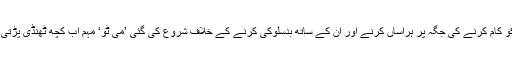
بالی ووڈ اداکارہ تنوشری دتا کی جانب سے خواتین کو کام کرنے کی جگہ پر ہراساں کرنے اور ان کے ساتھ بدسلوکی کرنے کے خلاف شروع کی گئی ’می ٹو‘ مہم اب کچھ ٹھنڈی پڑتی نظرآرہی ہے تاہم مکمل طور پر ختم نہیں ہوئی ہے۔